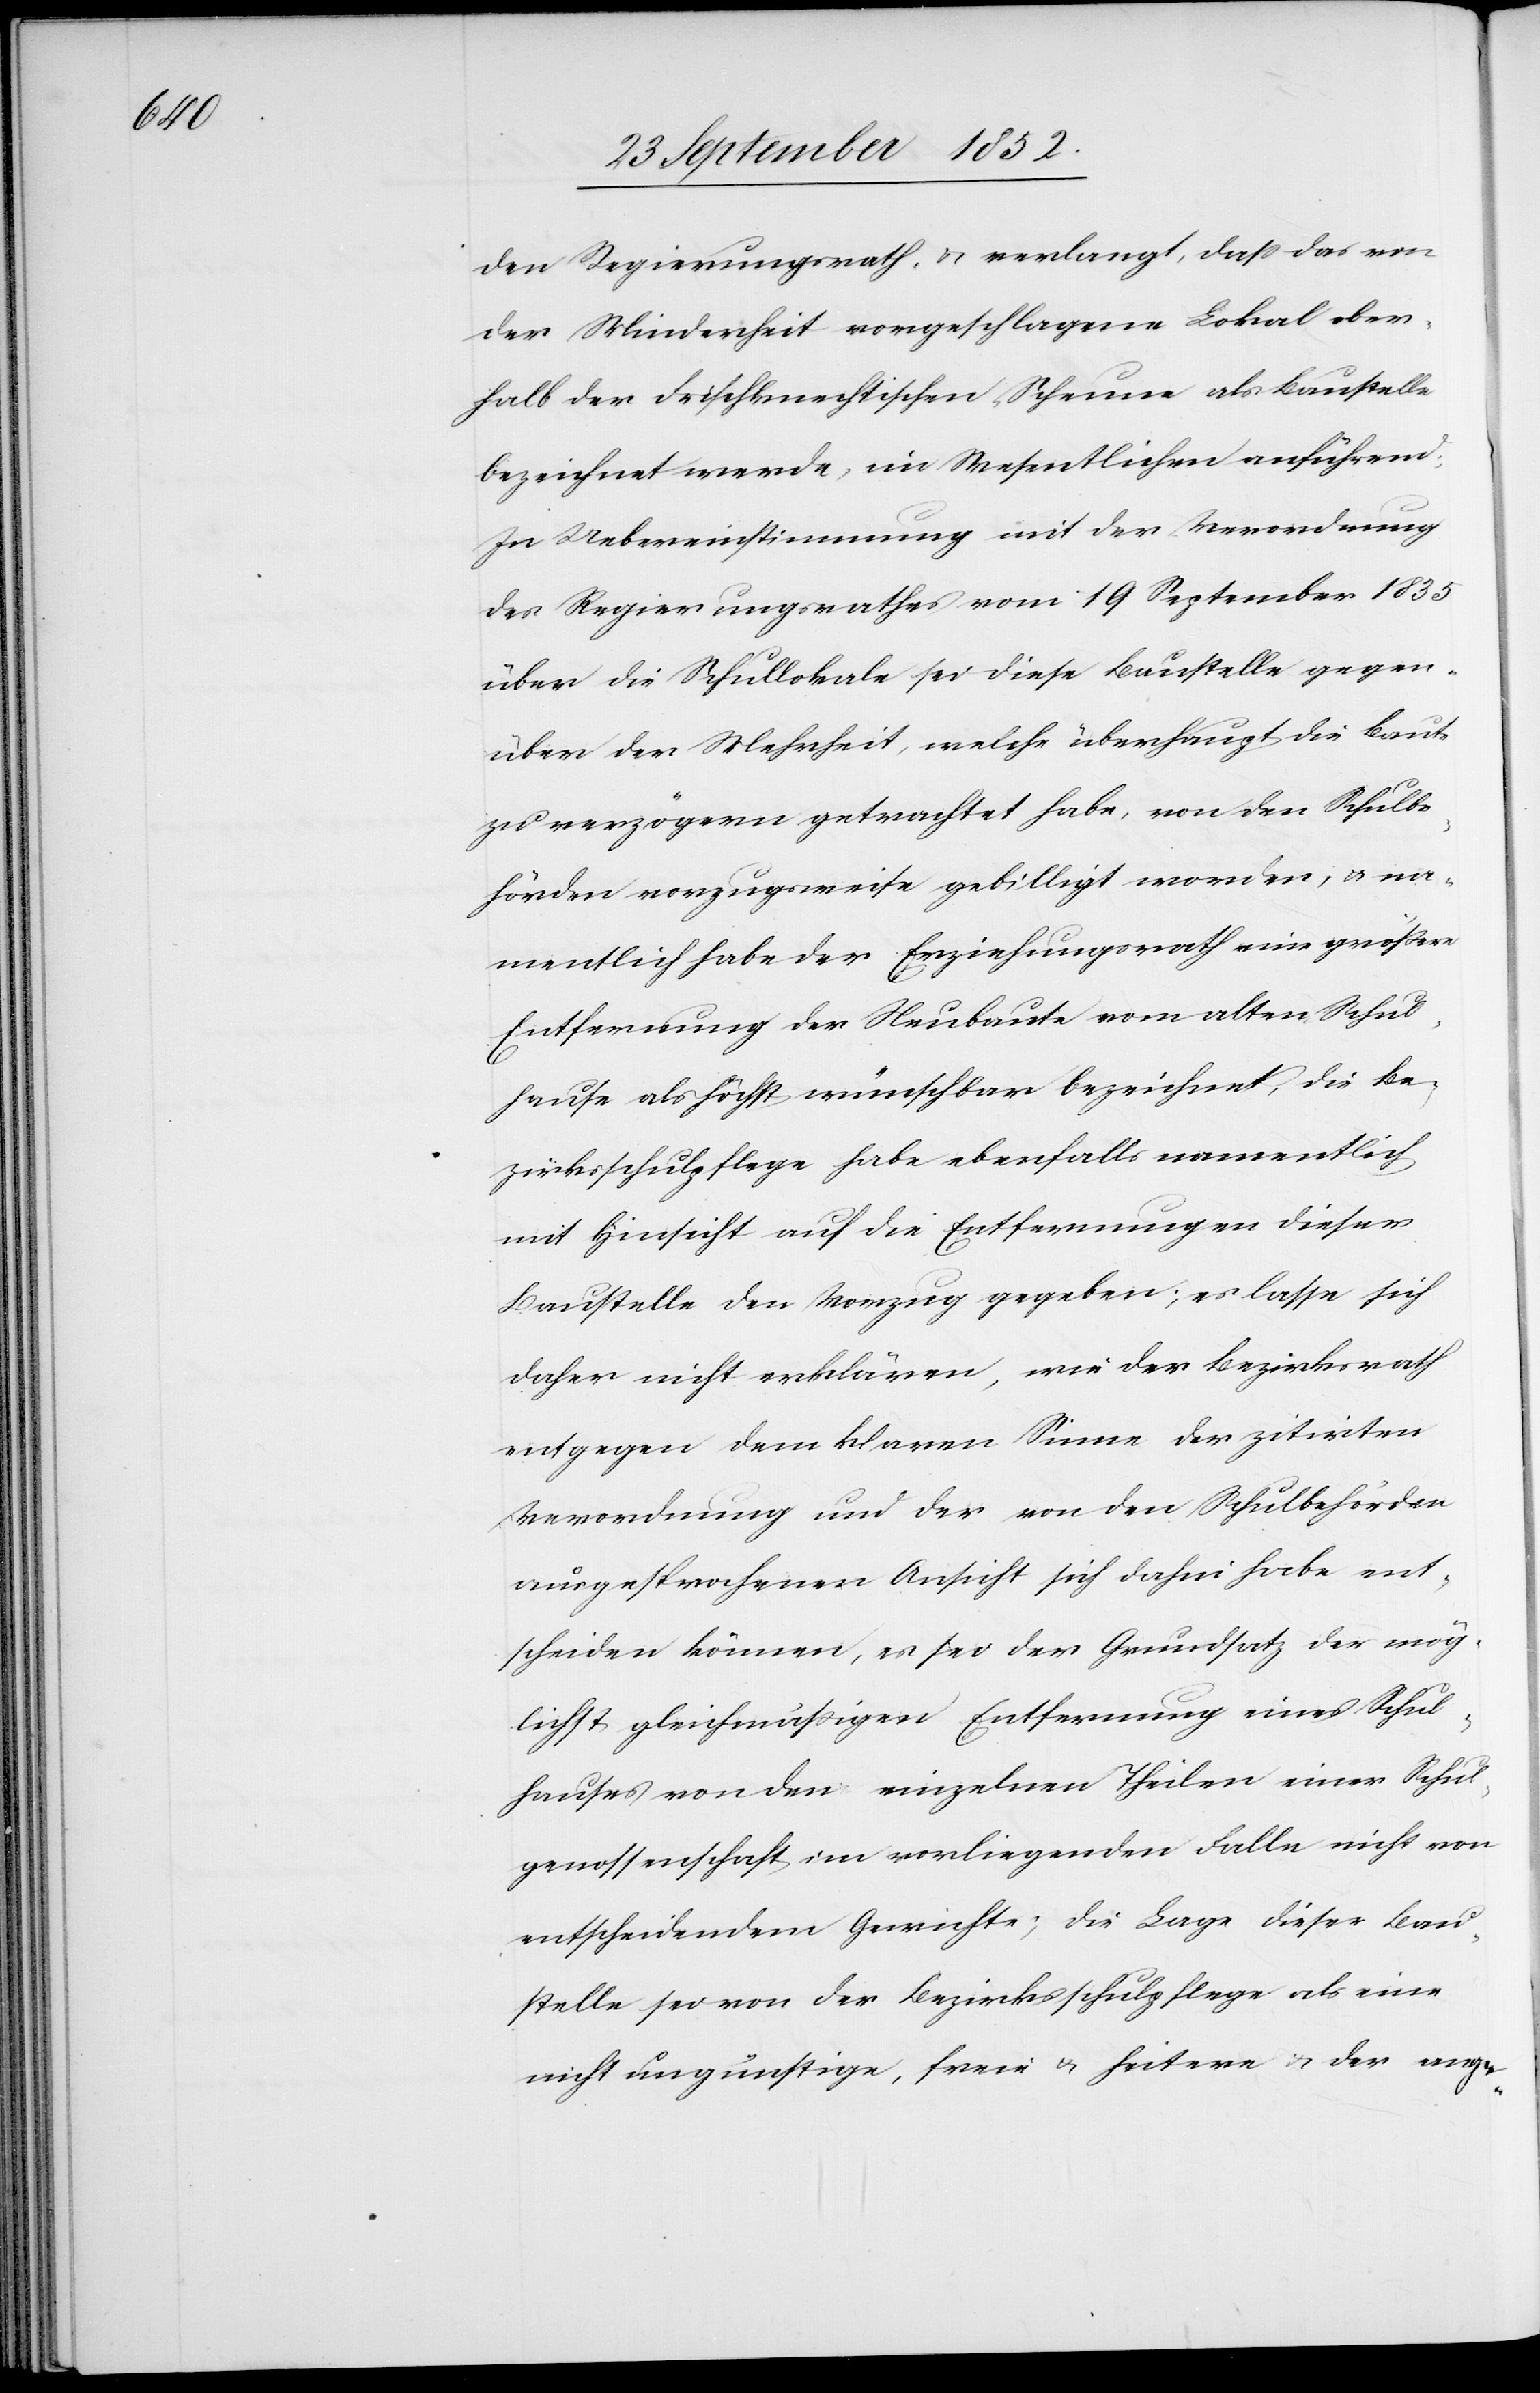
den Regierungsrath, & verlangt, dass das von
der Minderheit vorgeschlagene Lokal ober¬
halb der Frischknechtischen Scheune als Baustelle
bezeichnet werde, im Wesentlichen anführend:
In Uebereinstimmung mit der Verordnung
des Regierungsrathes vom 19 September 1835
über die Schullokale sei diese Baustelle gegen¬
über der Mehrheit, welche überhaupt die Baute
zu verzögern getrachtet habe, von den Schulbe¬
hörden vorzugsweise gebilligt worden, & na¬
mentlich habe der Erziehungsrath eine größere
Entfernung der Neubaute vom alten Schul¬
hause als höchst wünschbar bezeichnet, die Be¬
zirksschulpflege habe ebenfalls namentlich
mit Hinsicht auf die Entfernungen dieser
Baustelle den Vorzug gegeben; es lasse sich
daher nicht erklären, wie der Bezirksrath
entgegen dem klaren Sinne der zitirten
Verordnung und der von den Schulbehörden
ausgesprochenen Ansicht sich dahin habe ent¬
scheiden können, es sei der Grundsatz der mög¬
lichst gleichmäßigen Entfernung eines Schul¬
hauses von den einzelnen Theilen einer Schul¬
genossenschaft im vorliegenden Falle nicht von
entscheidendem Gewichte; die Lage dieser Bau¬
stelle sei von der Bezirksschulpflege als eine
nicht ungünstige, freie & heitere & der ange-